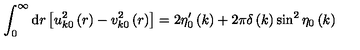
\int _ { 0 } ^ { \infty } \mathrm { d } r \left[ u _ { k 0 } ^ { 2 } \left( r \right) - v _ { k 0 } ^ { 2 } \left( r \right) \right] = 2 \eta _ { 0 } ^ { \prime } \left( k \right) + 2 \pi \delta \left( k \right) \sin ^ { 2 } \eta _ { 0 } \left( k \right)